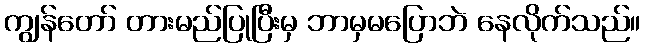
ကျွန်တော် တားမည်ပြုပြီးမှ ဘာမှမပြောဘဲ နေလိုက်သည်။